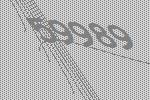
59989